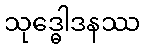
သုဒ္ဓေါဒနဿ